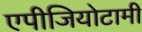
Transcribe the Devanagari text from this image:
एपीजियोटामी